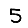
Digit: 5